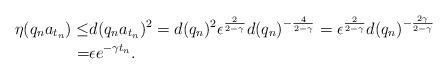
LaTeX: \begin{align*}\eta(q_na_{t_n})\leq& d(q_na_{t_n})^2=d(q_n)^2\epsilon^{\frac2{2-\gamma}}d(q_n)^{-\frac4{2-\gamma}}=\epsilon^{\frac2{2-\gamma}}d(q_n)^{-\frac{2\gamma}{2-\gamma}}\\=&\epsilon e^{-\gamma t_n}.\end{align*}